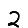
Digit: 2